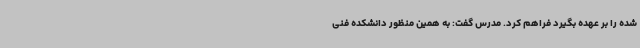
شده را بر عهده بگیرد فراهم کرد. مدرس گفت: به همین منظور دانشکده فنی